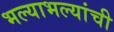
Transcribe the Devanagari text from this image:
भल्याभल्यांची